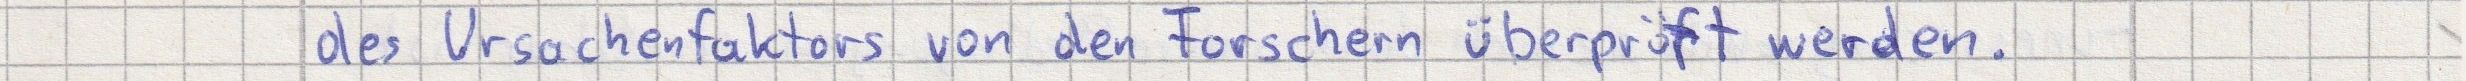
des Ursachenfaktors von den Forschern überprüft werden.